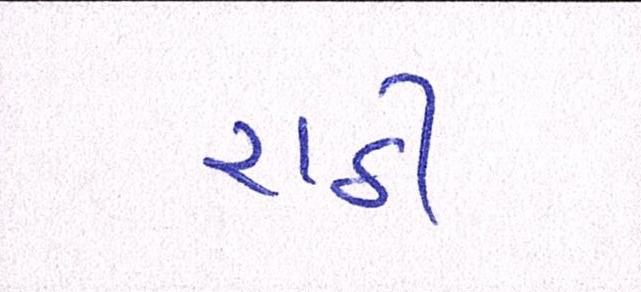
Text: રાઠી